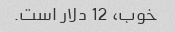
خوب، 12 دلار است.